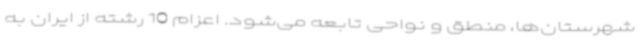
شهرستان‌ها، منطق و نواحی تابعه می‌شود. اعزام 10 رشته از ایران به